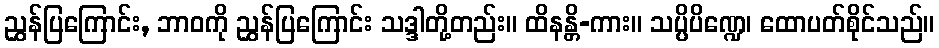
ညွှန်ပြကြောင်း, ဘာဝကို ညွှန်ပြကြောင်း သဒ္ဒါတို့တည်း။ ထိနန္တိ-ကား။ သပ္ပိပိဏ္ဍေ၊ ထောပတ်စိုင်သည်။